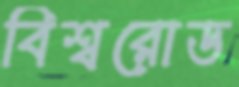
বিশ্বরোড